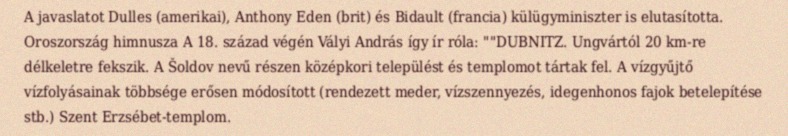
A javaslatot Dulles (amerikai), Anthony Eden (brit) és Bidault (francia) külügyminiszter is elutasította. Oroszország himnusza A 18. század végén Vályi András így ír róla: ""DUBNITZ. Ungvártól 20 km-re délkeletre fekszik. A Šoldov nevű részen középkori települést és templomot tártak fel. A vízgyűjtő vízfolyásainak többsége erősen módosított (rendezett meder, vízszennyezés, idegenhonos fajok betelepítése stb.) Szent Erzsébet-templom.